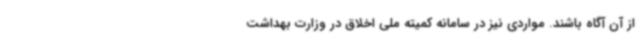
از آن آگاه باشند. مواردی نیز در سامانه کمیته ملی اخلاق در وزارت بهداشت